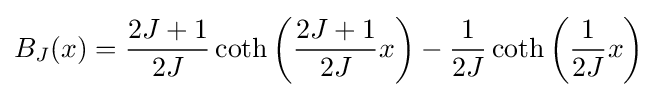
B_{J}(x)={\frac {2J+1}{2J}}\coth \left({\frac {2J+1}{2J}}x\right)-{\frac {1}{2J}}\coth \left({\frac {1}{2J}}x\right)